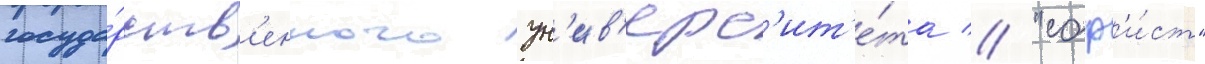
госуда́рств'енного ун'ив'ерс'ит'е́та // "соф'и́ст"